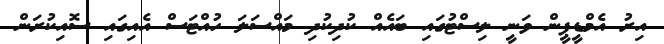
އިރު އެމްޑީޕީން ވަނީ ލިސްޓުގައި ބައެއް ކުދިކުދި މައްސަލަ ހުއްޓަސް އެއިގައި ސޮއިކުރަން